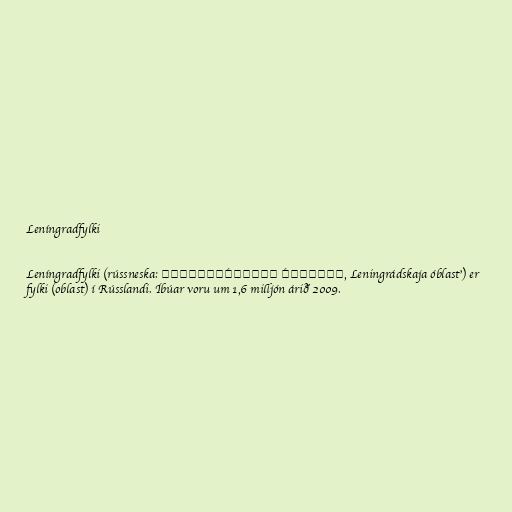
Leníngradfylki

Leníngradfylki (rússneska: Ленингра́дская о́бласть, Leningrádskaja óblast') er
fylki (oblast) í Rússlandi. Íbúar voru um 1,6 milljón árið 2009.